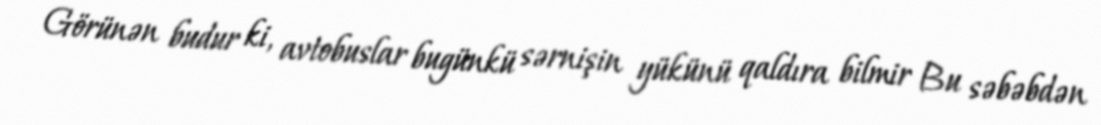
Görünən budur ki, avtobuslar bugünkü sərnişin yükünü qaldıra bilmir Bu səbəbdən